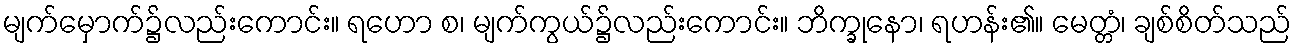
မျက်မှောက်၌လည်းကောင်း။ ရဟော စ၊ မျက်ကွယ်၌လည်းကောင်း။ ဘိက္ခုနော၊ ရဟန်း၏။ မေတ္တံ၊ ချစ်စိတ်သည်